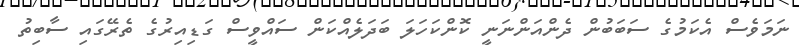
ނަމަވެސް އެކަމުގެ ސަބަބުން ދެންއަންނަނީ ކޮންކަހަލަ ބަދަލެއްކަން ސައްވީސް ގަޑިއިރުގެ ތެރޭގައި ސާބިތު